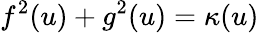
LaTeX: f^{2}(u)+g^{2}(u)=\kappa(u)